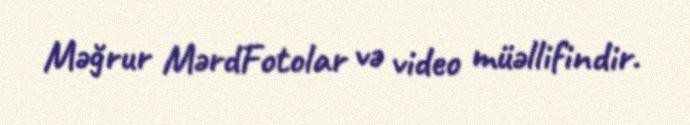
Məğrur MərdFotolar və video müəllifindir.